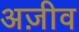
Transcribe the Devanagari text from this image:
अज़ीव